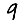
Digit: 9